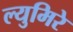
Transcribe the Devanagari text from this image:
ल्युमिरे